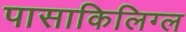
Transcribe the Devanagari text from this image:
पासाकिलिग्ल